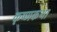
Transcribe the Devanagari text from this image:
कृष्णकथा